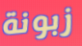
زبونة